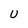
Character: U